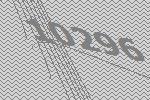
10296